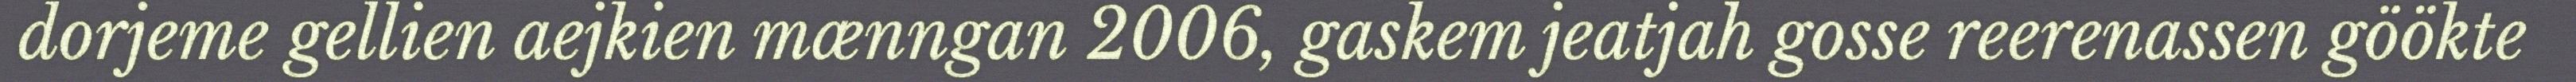
dorjeme gellien aejkien mænngan 2006, gaskem jeatjah gosse reerenassen göökte